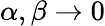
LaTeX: \alpha,\beta\to 0